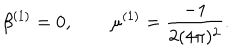
\beta ^ { ( 1 ) } = 0 , \qquad \mu ^ { ( 1 ) } = \frac { - 1 } { 2 ( 4 \pi ) ^ { 2 } } .